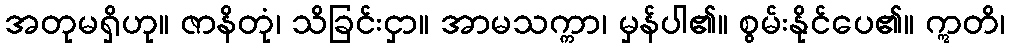
အတုမရှိဟု။ ဇာနိတုံ၊ သိခြင်းငှာ။ အာမသက္ကာ၊ မှန်ပါ၏။ စွမ်းနိုင်ပေ၏။ ဣတိ၊